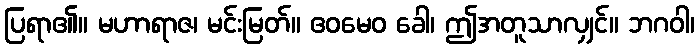
ပြရာ၏။ မဟာရာဇ၊ မင်းမြတ်။ ဧဝမေဝ ခေါ၊ ဤအတူသာလျှင်။ ဘဂဝါ၊